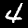
Digit: 4